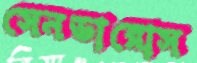
সেনডারোস